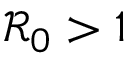
\mathcal { R } _ { 0 } > 1